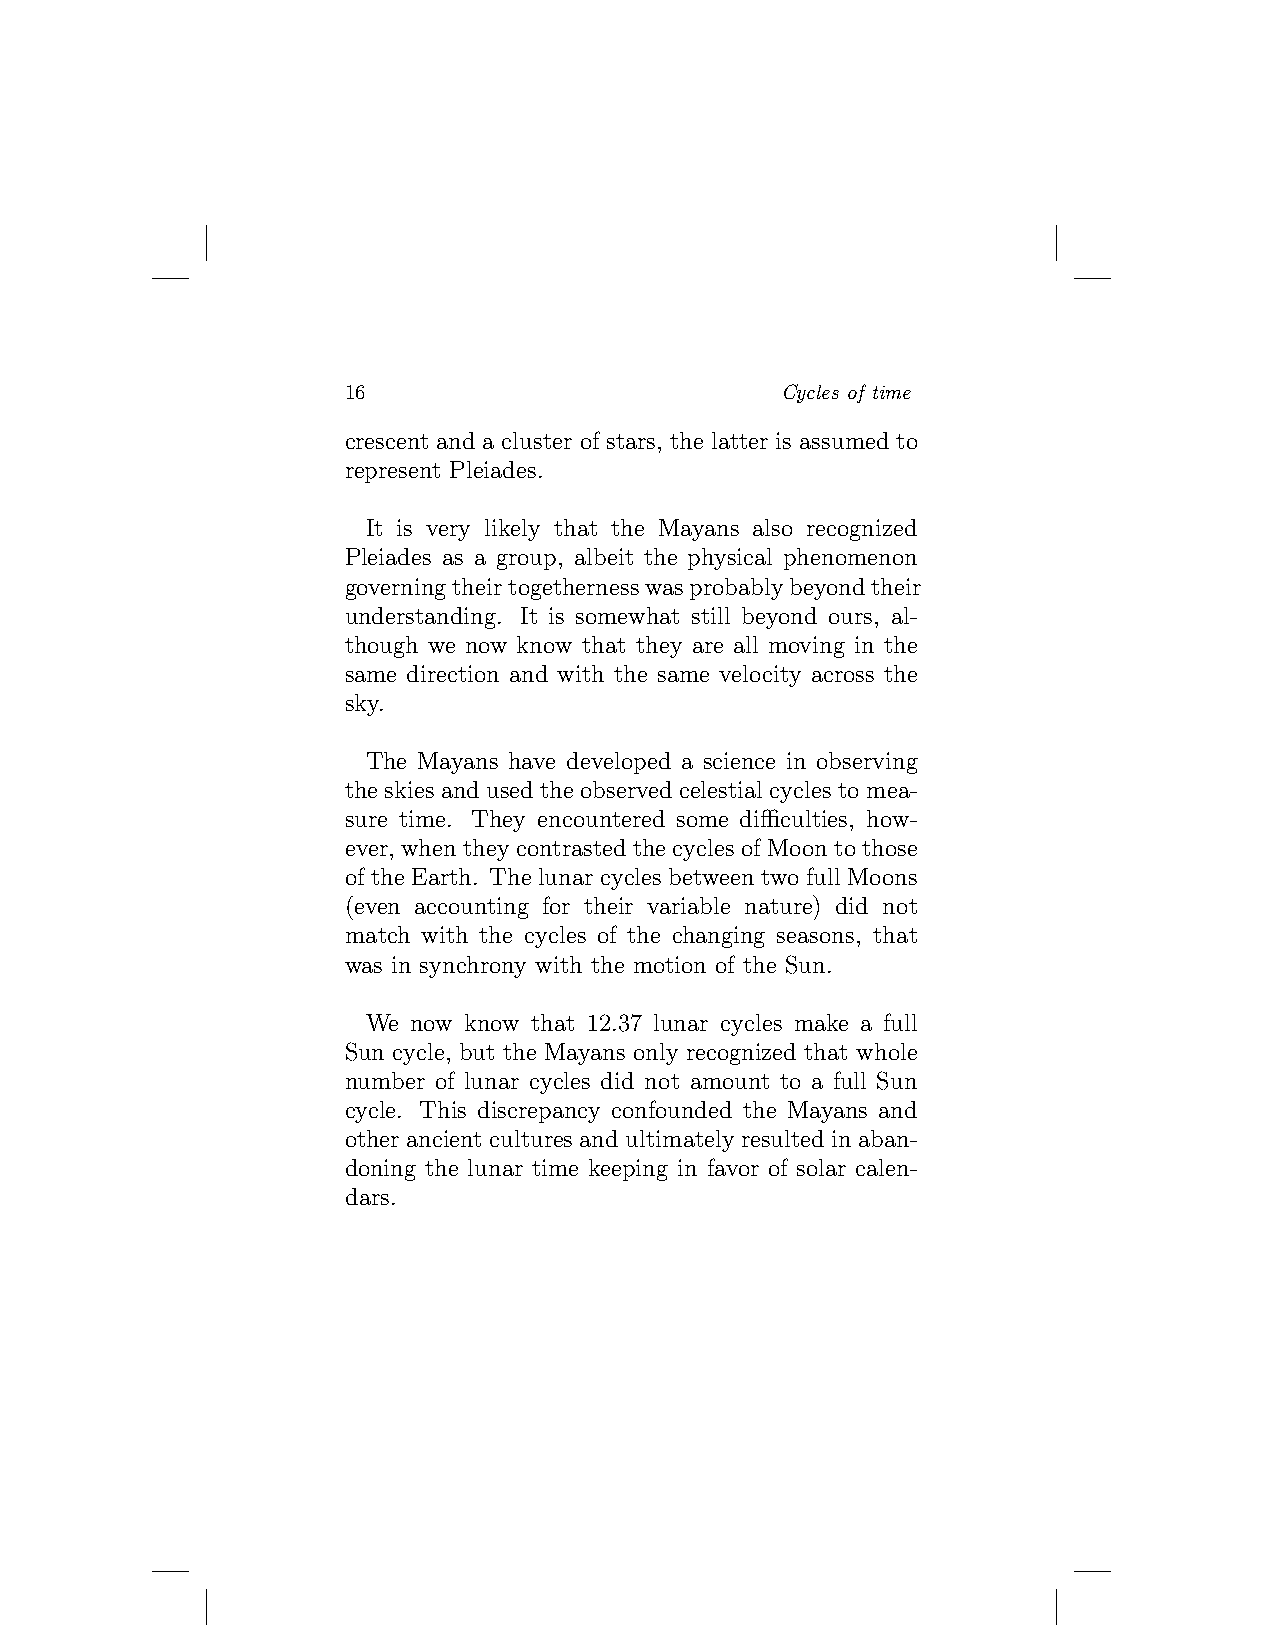
16                           Cycles of time
 crescent and a cluster of stars, the latter is assumed to
 represent Pleiades.
 It is very likely that the Mayans also recognized
 Pleiades as a group, albeit the physical phenomenon
 governingtheirtogethernesswasprobablybeyondtheir
 understanding. It is somewhat still beyond ours, al-
 though we now know that they are all moving in the
 same direction and with the same velocity across the
 sky.
 The Mayans have developed a science in observing
 the skies and used the observed celestial cycles to mea-
 sure time. They encountered some difficulties, how-
 ever, whentheycontrastedthecyclesofMoontothose
 of the Earth. The lunar cycles between two full Moons
 (even accounting for their variable nature) did not
 match with the cycles of the changing seasons, that
 was in synchrony with the motion of the Sun.
 We now know that 12.37 lunar cycles make a full
 Sun cycle, but the Mayans only recognized that whole
 number of lunar cycles did not amount to a full Sun
 cycle. This discrepancy confounded the Mayans and
 other ancient cultures and ultimately resulted in aban-
 doning the lunar time keeping in favor of solar calen-
 dars.